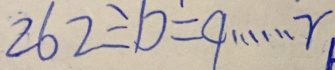
2 6 2 \div b = 9 \cdots r